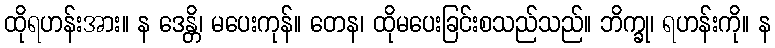
ထိုရဟန်းအား။ န ဒေန္တိ၊ မပေးကုန်။ တေန၊ ထိုမပေးခြင်းစသည်သည်။ ဘိက္ခု၊ ရဟန်းကို။ န